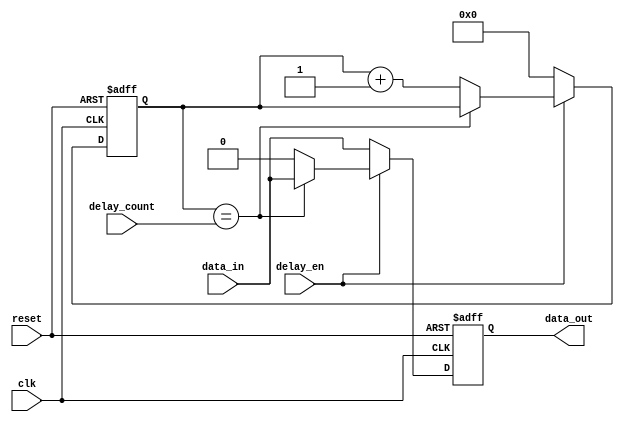
module nand_gate_delay(
    input wire clk,
    input wire reset,
    input wire delay_en,
    input wire [3:0] delay_count,
    input wire data_in,
    output reg data_out
);

reg [3:0] delay_counter;

always @(posedge clk or posedge reset) begin
    if (reset) begin
        delay_counter <= 4'b0000;
        data_out <= 1'b0;
    end else begin
        if (delay_en) begin
            if (delay_counter == delay_count) begin
                data_out <= data_in;
            end else begin
                delay_counter <= delay_counter + 1;
                data_out <= 1'b0;
            end
        end else begin
            delay_counter <= 4'b0000;
            data_out <= data_in;
        end
    end
end

endmodule